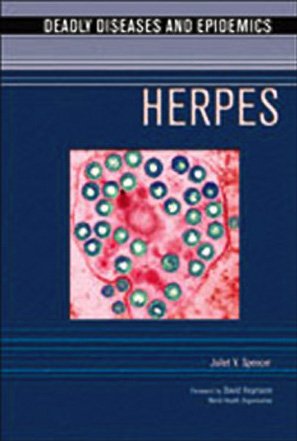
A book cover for Herpes (Deadly Diseases & Epidemics); Juliet V. Spencer; Health, Fitness & Dieting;